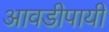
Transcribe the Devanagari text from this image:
आवडीपायी